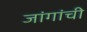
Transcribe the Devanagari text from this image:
जांगांची